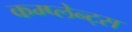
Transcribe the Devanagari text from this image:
कम्प्लेन्ट्स